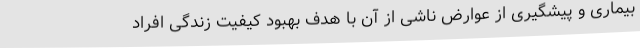
بیماری و پیشگیری از عوارض ناشی از آن با هدف بهبود کیفیت زندگی افراد